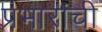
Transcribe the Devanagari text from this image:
प्रभारांची